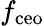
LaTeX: f_{\mathrm{ceo}}